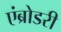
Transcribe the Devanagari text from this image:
एंब्रोडरी